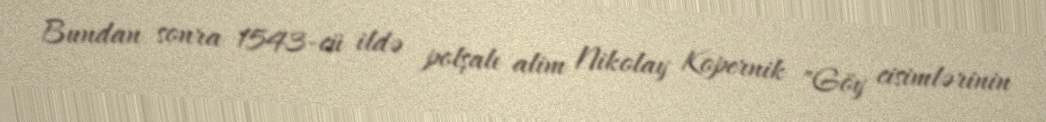
Bundan sonra 1543-cü ildə polşalı alim Nikolay Kopernik "Göy cisimlərinin